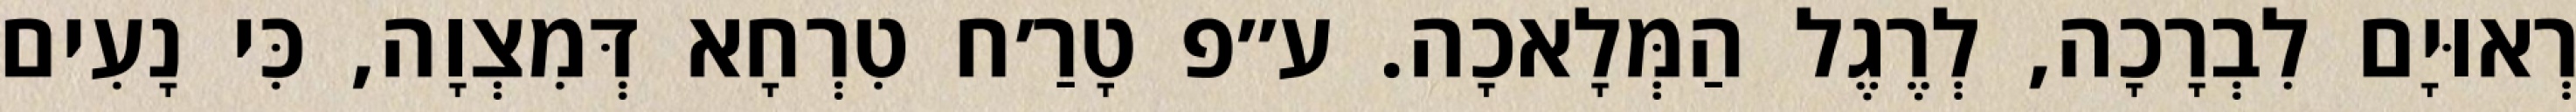
רְאוּיָם לִבְרָכָה, לְרֶגֶל הַמְּלָאכָה. ע״פ טָרַ׳ח טִרְחָא דְּמִצְוָה, כִּי נָעִים